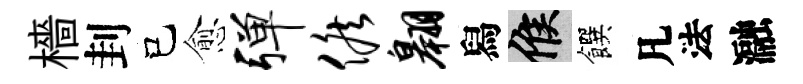
檣刲己愈弹候翱舄候饌凡法瀜